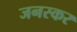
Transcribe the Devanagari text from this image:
जनस्‍कर